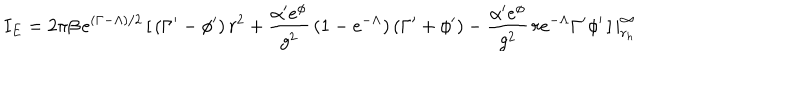
I _ { E } = 2 \pi \beta \, e ^ { ( \Gamma - \Lambda ) / 2 } \, [ \, ( \Gamma ^ { \prime } - \phi ^ { \prime } ) \, r ^ { 2 } + \frac { \alpha ^ { \prime } e ^ { \phi } } { g ^ { 2 } } \, ( 1 - e ^ { - \Lambda } ) \, ( \Gamma ^ { \prime } + \phi ^ { \prime } ) - \frac { \alpha ^ { \prime } e ^ { \phi } } { g ^ { 2 } } \, r e ^ { - \Lambda } \Gamma ^ { \prime } \phi ^ { \prime } \, ] \, | _ { r _ { h } } ^ { \infty }